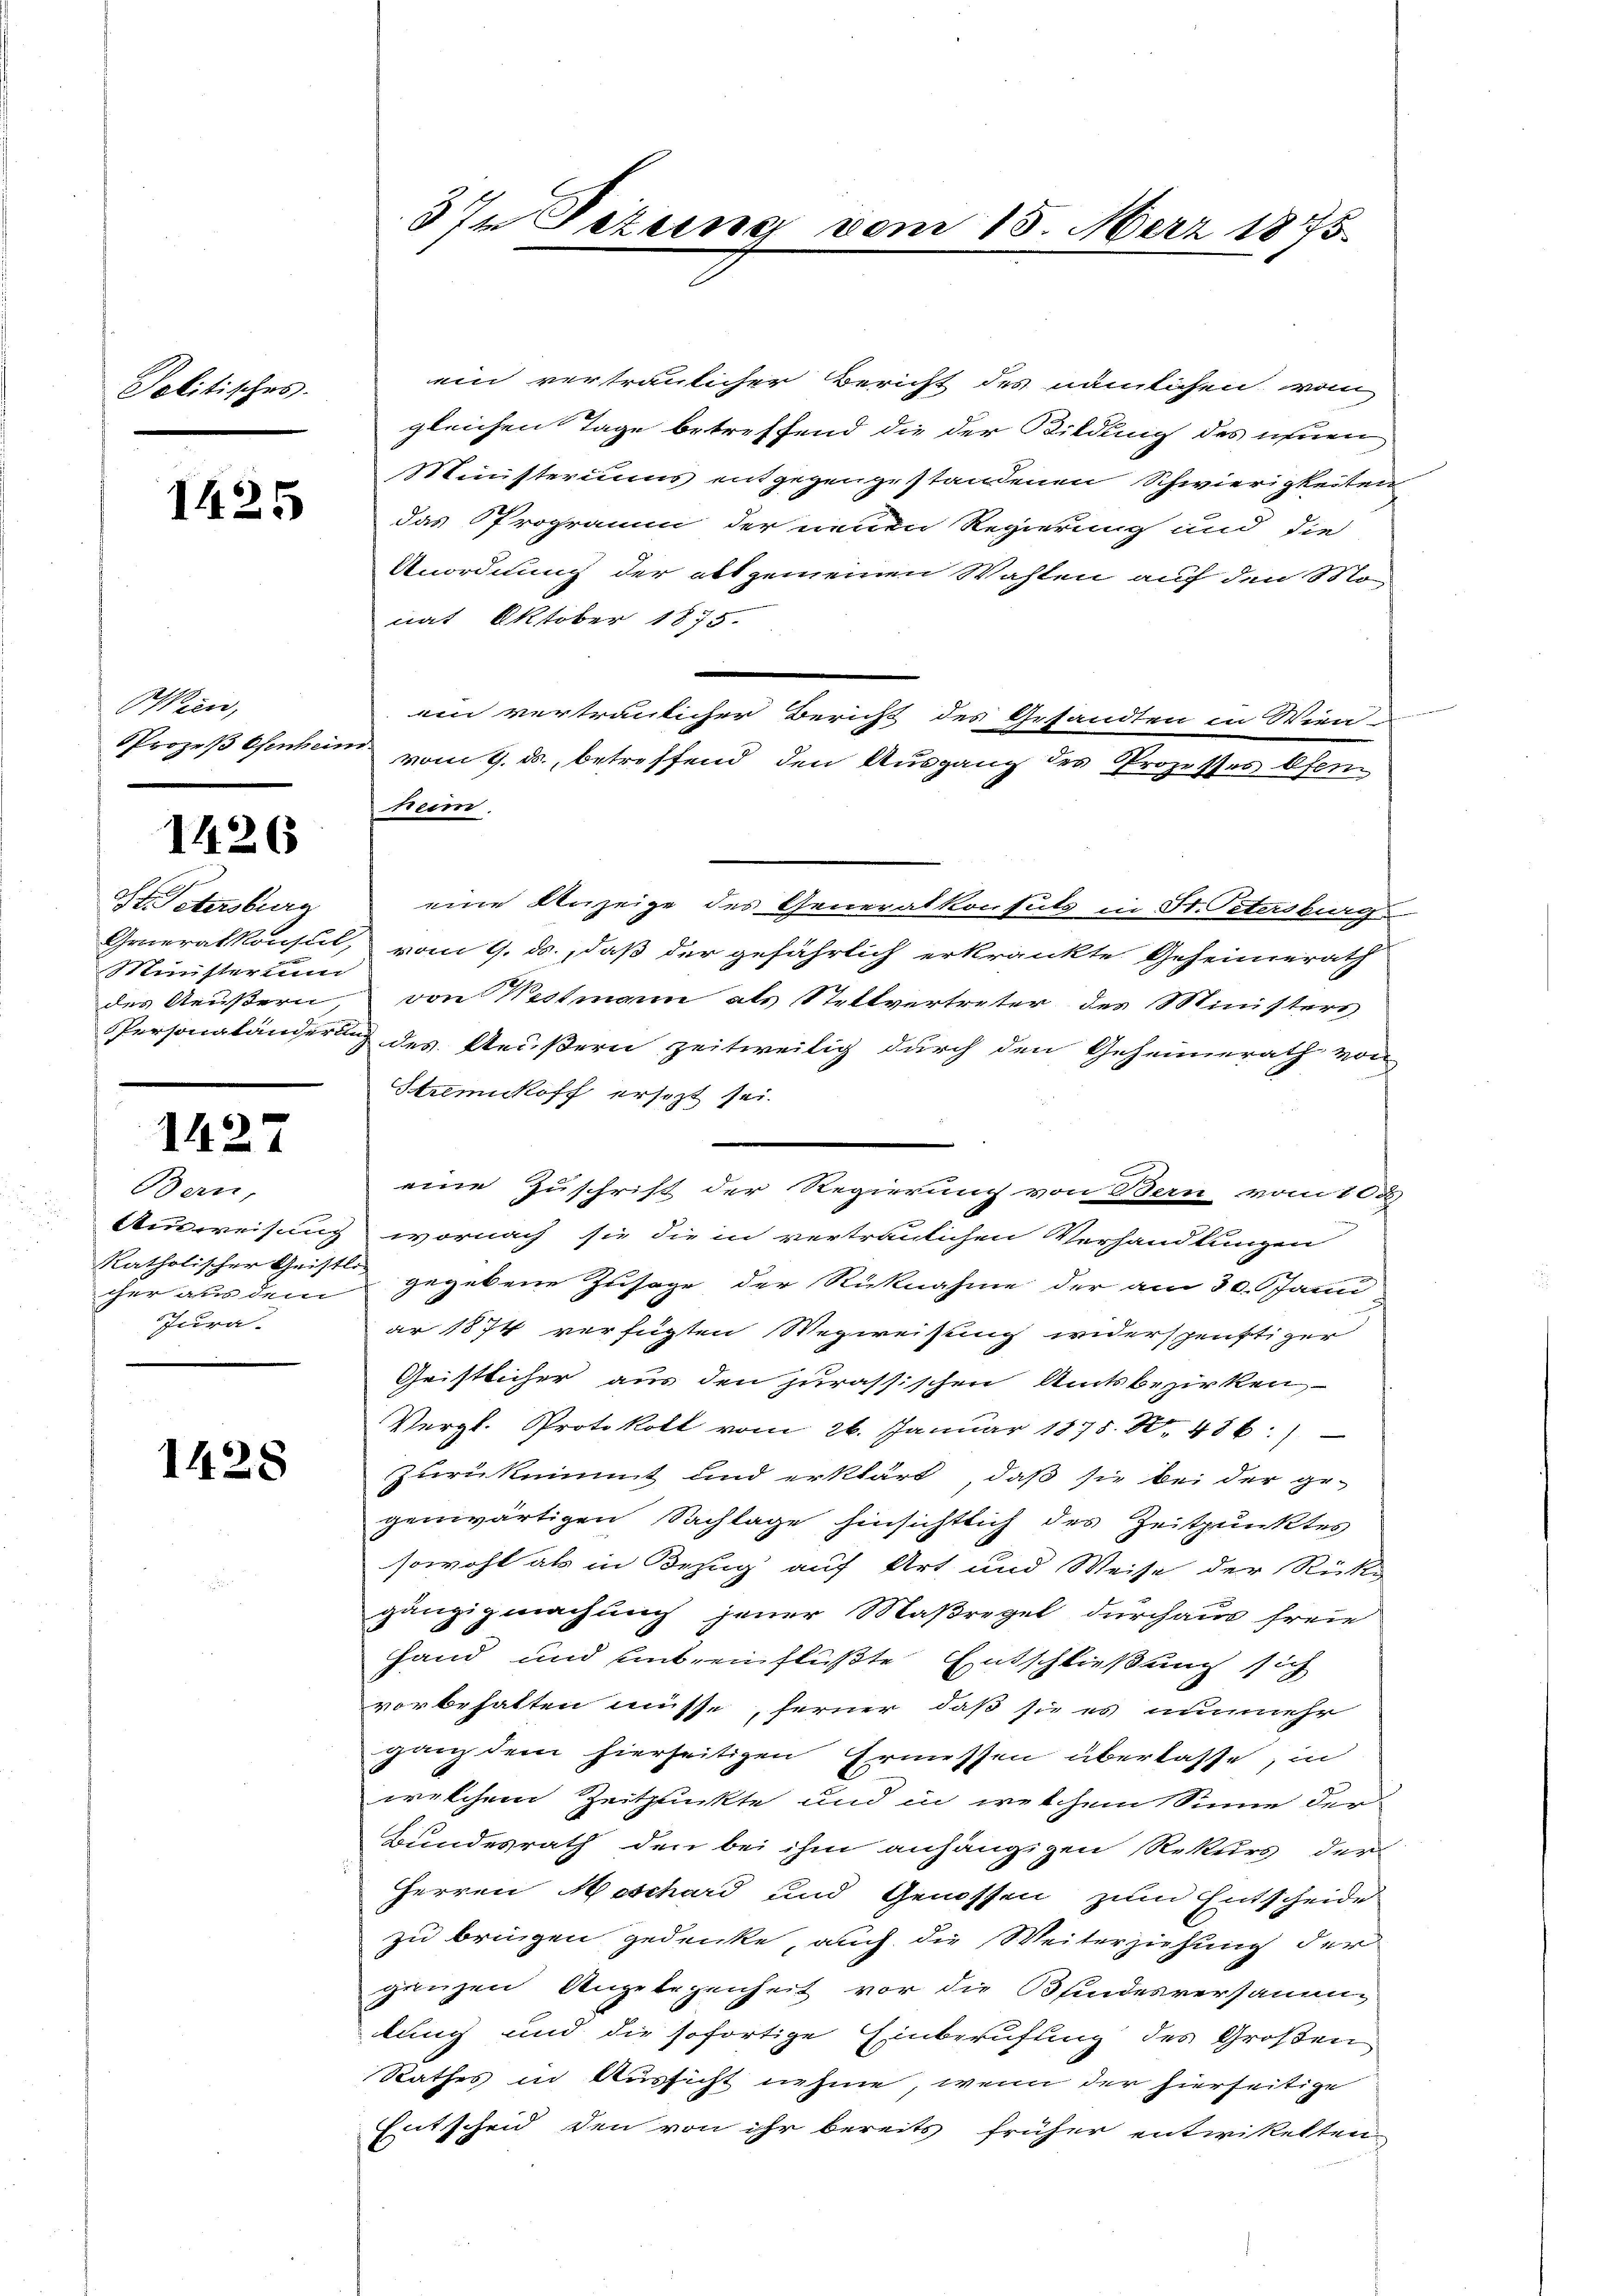
Solitisches.

1425

Wien,
Prozeß Osenhein.

1426

I. Petersburg
Ministerum
des Aeußern,
Persongländern

1427

Bern,
Ausweisung
katholischer Geistl.
cher aus dem
Jura.

1428

3 I. Sizung vom 15. März 1875.

ein vertraulicher Bericht des nämlichen vom
gleichen Tage betreffend die der Bildung des ihnen
Ministeriums entgegengestandenen Schwierigkeiten
das Programm der neuen Regierung und die
Anordnung der oft gemeinen Wahlen auf den Mo
nat Oktober 1875.
ein vertraulicher Bericht des Gesandten in Wien
vom 9. ds., betreffend den Ausgang des Prozesses Ofen
heim.
eine Anzeige des Generalkonsuls in St. Petersburg
Generalkonsul, vom 9. ds., daß der gefährlich erkränkte Geheimerath
von Westmann als Stellvertreter des Ministers
 des Aeußern zeitweilig durch den Geheimerath von
Strmikoff ersezt sei.
eine Zuschrift der Regierung von Bern vom 108
wornach sie die in vertraulichen Verhandlungen
gegebene Zusage der Rücknahme der am 30. Janu
ar 1874 verfügten Wegweisung widerspünftiger
Geistlicher aus den jurassischen Amtsbezirken,
Vergl. Protokoll vom 26. Januar 1875. 8. 486.)
Zurüknimmt und erklärt, daß sie bei der ge-
genwärtigen Sachlage hinsichtlich des Zeitpunktes
sowohl als in Bezug auf Art und Weise der Rich
gänzig machung jener Maßregel durchaus freie
Hand und untreinflüßte Entschließung sich
vorbehalten müsse, ferner daß sie es nunmehr
ganz dem hierseitigen Ermessen überlasse, in
welchem Zeitpunkte und in welchem Sinne der
Bundesrath den bei ihm anhängigen Rekurs der
Herren Aeschard und Genossen zum Entscheide
zu bringen gedenke, auch die Weiterziehung der
ganzen Angelegenheit vor die Blindesversamme
lung und die sofortige Einberufung des Großen
Rathes in Aussicht nehme, wenn der hierseitige
Entscheid den von ihr bereits früher entwickelten,